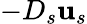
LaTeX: -D_{s}\mathbf{u}_{s}